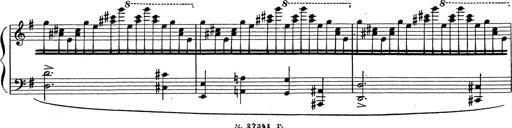
Title: Grosses Konzertsolo
Composer: Franz Liszt